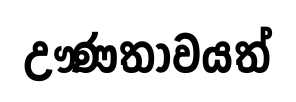
ඌණතාවයත්